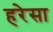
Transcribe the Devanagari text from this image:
हरेसा